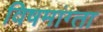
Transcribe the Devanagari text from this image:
विषमांग्ता